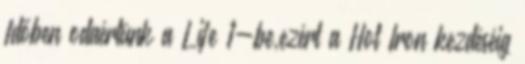
Időben odaértünk a Life 1-be,ezért a Hot Iron kezdéséig